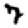
Digit: 7